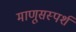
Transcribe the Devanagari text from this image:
माणूसस्पर्श